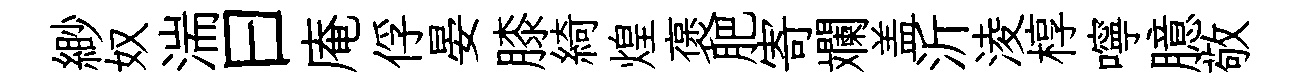
緲奴湍曰庵俘晏膝綺煌褒肥寄斕盖沂淩椁嚀臆敬